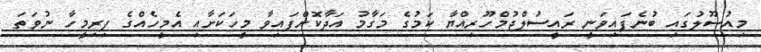
މިއުސޫލުގައި ބުނެފައިވަނީ ރައީސުލްޖުމްހޫރިއްޔާ ކަމުގެ މަގާމު އަދާކޮށްފައިވާ މީހަކަށާއި އެމީހެއްގެ ފިރިމީހާ ނުވަތަ